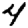
Digit: 4